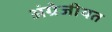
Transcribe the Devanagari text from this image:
अंग्रेजीयत